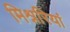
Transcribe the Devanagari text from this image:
मिश्नरियां